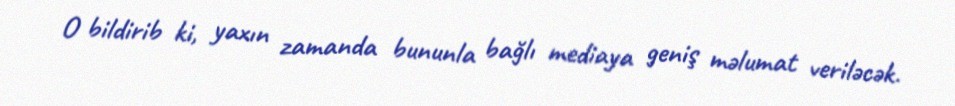
O bildirib ki, yaxın zamanda bununla bağlı mediaya geniş məlumat veriləcək.